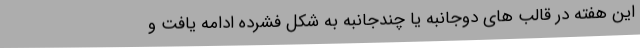
این هفته در قالب های دوجانبه یا چندجانبه به شکل فشرده ادامه یافت و